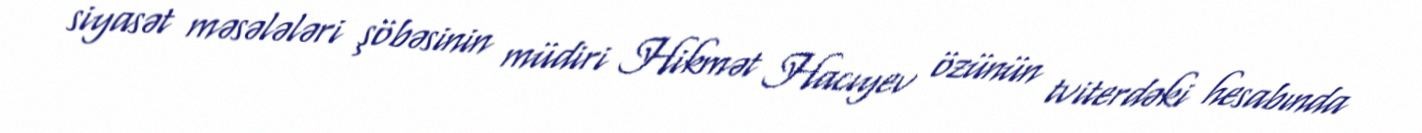
siyasət məsələləri şöbəsinin müdiri Hikmət Hacıyev özünün tviterdəki hesabında